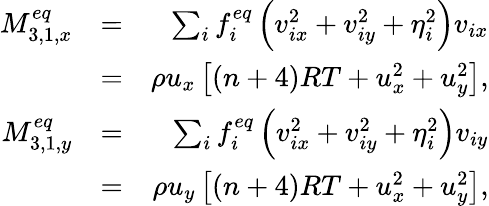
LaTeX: \begin{array}{rlr}{M_{3,1,x}^{eq}}&{=}&{\sum_{i}{f_{i}^{eq}\left({v_{ix}^{2}+v_{iy}^{2}+\eta_{i}^{2}}\right){v_{ix}}}}\\ &{=}&{\rho{u_{x}}\left[{\left({n+4}\right)RT+u_{x}^{2}+u_{y}^{2}}\right],}\\ {M_{3,1,y}^{eq}}&{=}&{\sum_{i}{f_{i}^{eq}\left({v_{ix}^{2}+v_{iy}^{2}+\eta_{i}^{2}}\right){v_{iy}}}}\\ &{=}&{\rho{u_{y}}\left[{\left({n+4}\right)RT+u_{x}^{2}+u_{y}^{2}}\right],}\end{array}